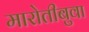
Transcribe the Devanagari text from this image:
मारोतीबुवा